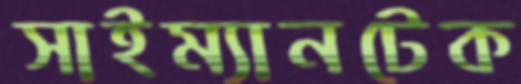
সাইম্যানটেক